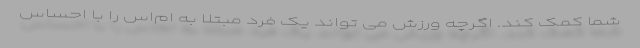
شما کمک کند. اگرچه ورزش می تواند یک فرد مبتلا به ام‌اس را با احساس